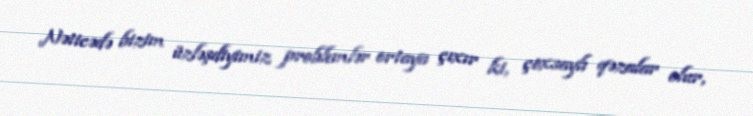
Nəticədə bizim üzləşdiyimiz problemlər ortaya çıxır ki, çoxsaylı qəzalar olur,